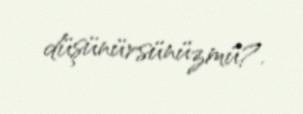
düşünürsünüzmü?.